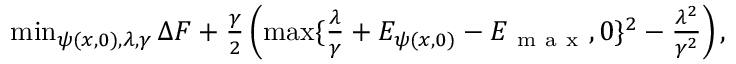
\begin{array} { r } { \operatorname* { m i n } _ { \psi ( x , 0 ) , \lambda , \gamma } \Delta F + \frac { \gamma } { 2 } \left( \operatorname* { m a x } \{ \frac { \lambda } { \gamma } + E _ { \psi ( x , 0 ) } - E _ { \mathrm { ~ m ~ a ~ x ~ } } , 0 \} ^ { 2 } - \frac { \lambda ^ { 2 } } { \gamma ^ { 2 } } \right) , } \end{array}